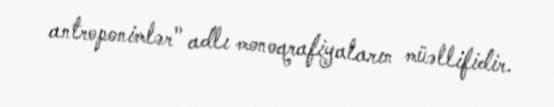
antroponimlər" adlı monoqrafiyaların müəllifidir.